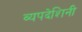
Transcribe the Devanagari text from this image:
व्यपदेशिनी